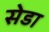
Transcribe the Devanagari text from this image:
सेडा